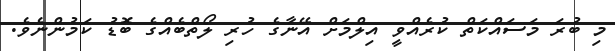
މި ބުރަ މަސައްކަތް ކުރެއްވީ އިލްމަށް އޭނާގެ ހުރި ލޯތްބެއްގެ ބޮޑު ކަމުންނެވެ.